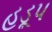
હડૂપ